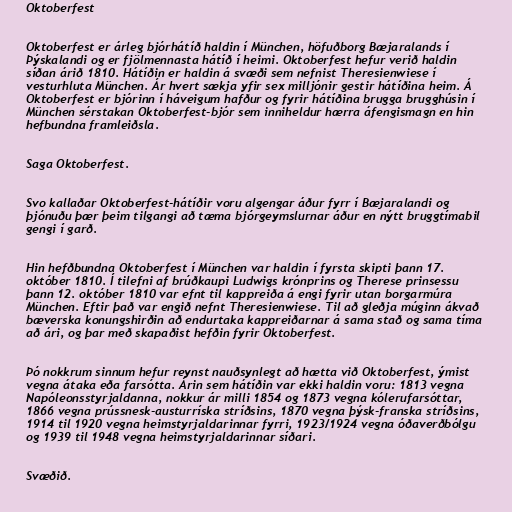
Oktoberfest

Oktoberfest er árleg bjórhátíð haldin í München, höfuðborg Bæjaralands í
Þýskalandi og er fjölmennasta hátíð í heimi. Oktoberfest hefur verið haldin
síðan árið 1810. Hátíðin er haldin á svæði sem nefnist Theresienwiese í
vesturhluta München. Ár hvert sækja yfir sex milljónir gestir hátíðina heim. Á
Oktoberfest er bjórinn í háveigum hafður og fyrir hátíðina brugga brugghúsin í
München sérstakan Oktoberfest-bjór sem inniheldur hærra áfengismagn en hin
hefbundna framleiðsla.

Saga Oktoberfest.

Svo kallaðar Oktoberfest-hátíðir voru algengar áður fyrr í Bæjaralandi og
þjónuðu þær þeim tilgangi að tæma bjórgeymslurnar áður en nýtt bruggtímabil
gengi í garð.

Hin hefðbundna Oktoberfest í München var haldin í fyrsta skipti þann 17.
október 1810. Í tilefni af brúðkaupi Ludwigs krónprins og Therese prinsessu
þann 12. október 1810 var efnt til kappreiða á engi fyrir utan borgarmúra
München. Eftir það var engið nefnt Theresienwiese. Til að gleðja múginn ákvað
bæverska konungshirðin að endurtaka kappreiðarnar á sama stað og sama tíma
að ári, og þar með skapaðist hefðin fyrir Oktoberfest.

Þó nokkrum sinnum hefur reynst nauðsynlegt að hætta við Oktoberfest, ýmist
vegna átaka eða farsótta. Árin sem hátíðin var ekki haldin voru: 1813 vegna
Napóleonsstyrjaldanna, nokkur ár milli 1854 og 1873 vegna kólerufarsóttar,
1866 vegna prússnesk-austurríska stríðsins, 1870 vegna þýsk-franska stríðsins,
1914 til 1920 vegna heimstyrjaldarinnar fyrri, 1923/1924 vegna óðaverðbólgu
og 1939 til 1948 vegna heimstyrjaldarinnar síðari.

Svæðið.